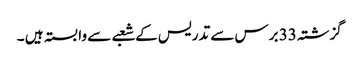
گزشتہ 33 برس سے تدریس کے شعبے سے وابستہ ہیں ۔